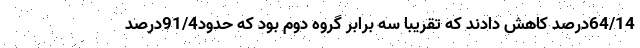
64/14درصد کاهش دادند که تقریباً سه برابر گروه دوم بود که حدود91/4درصد